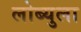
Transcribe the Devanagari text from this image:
लोब्युला